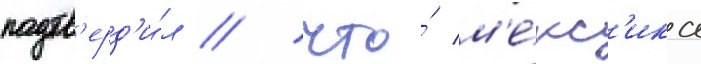
подтв'ерд'и́л / что́ м'е́кс'ика